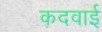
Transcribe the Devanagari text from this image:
कदवाई